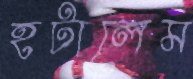
হটালেম